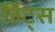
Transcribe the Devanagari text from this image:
हिंट्स